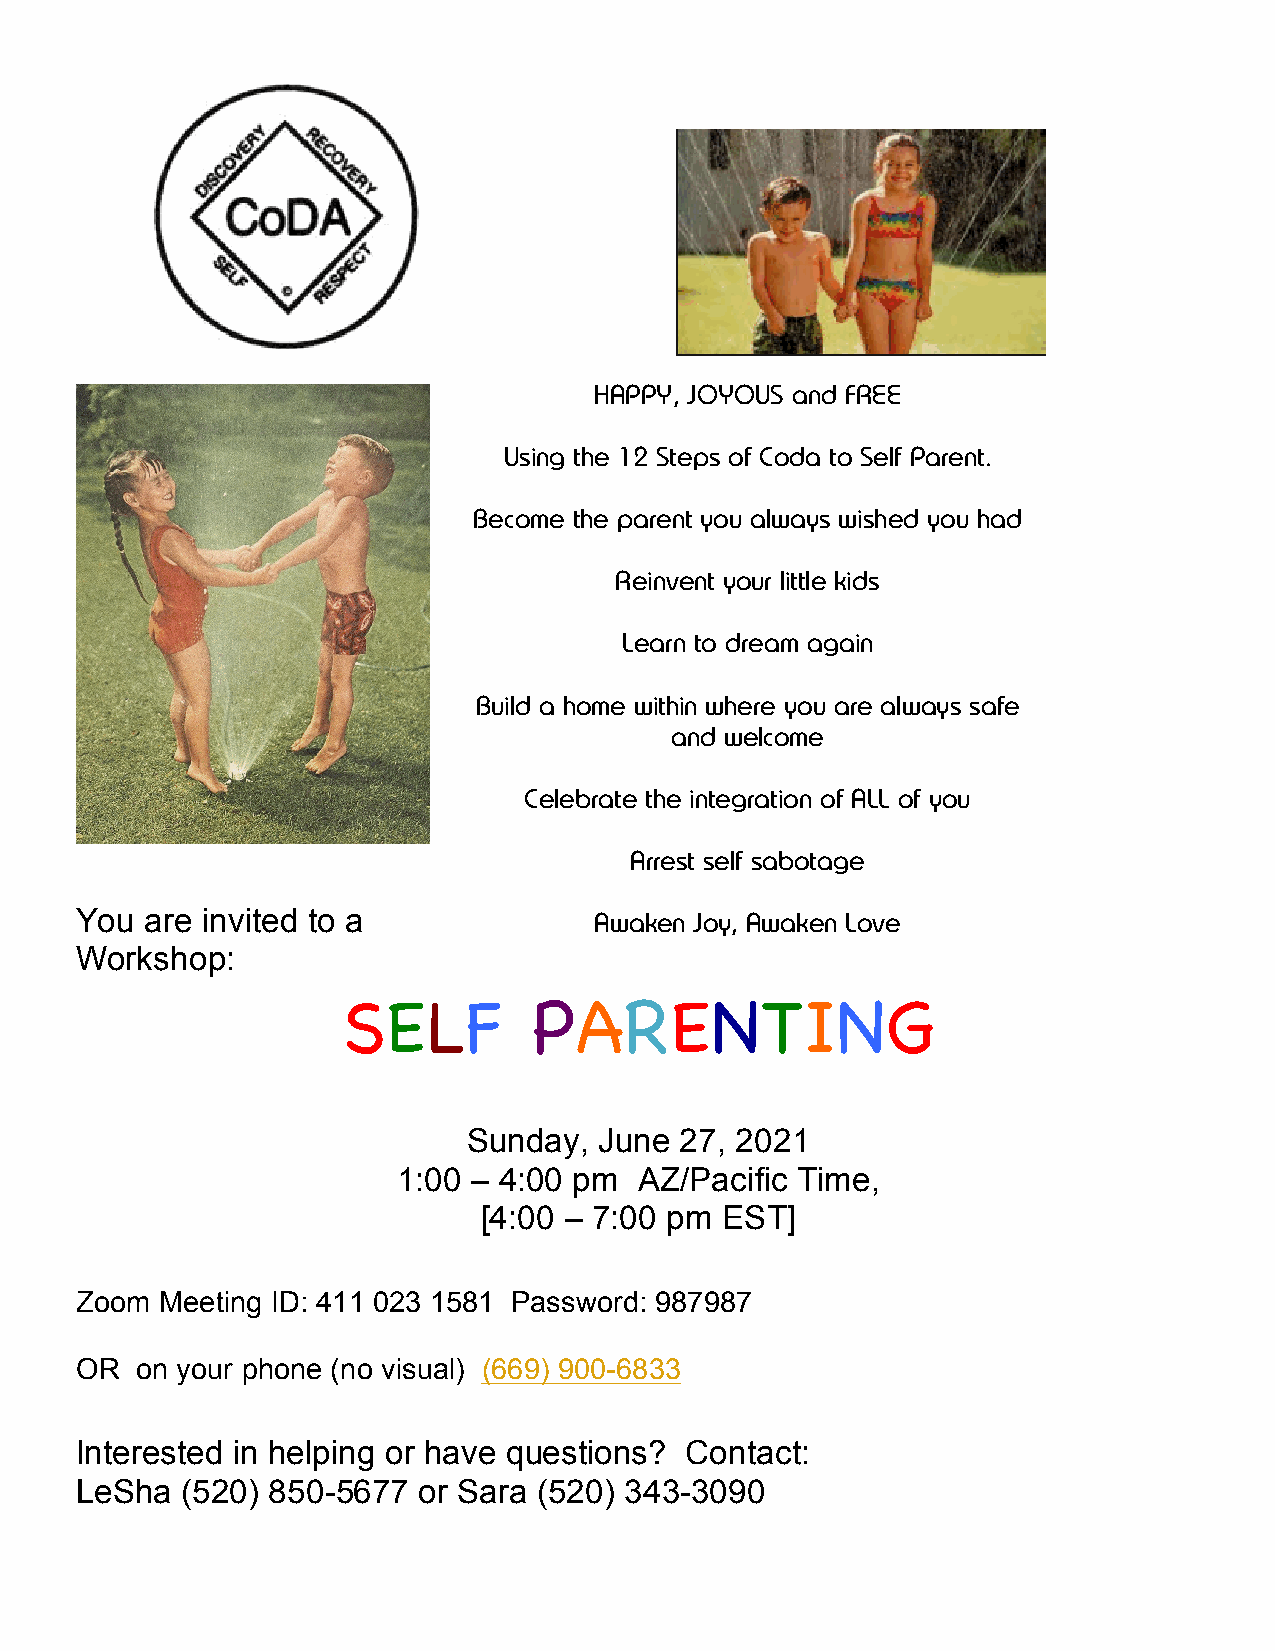
HAPPY, JOYOUS and FREE
 Using the 12 Steps of Coda to Self Parent.
 Become the parent you always wished you had
 Reinvent your little kids
 Learn to dream again
 Build a home within where you are always safe
 and welcome
 Celebrate the integration of ALL of you
 Arrest self sabotage
 You  are invited to a             Awaken Joy, Awaken Love
 Workshop:
 SELF        PARENTING
 Sunday,  June 27, 2021
 1:00 – 4:00 pm  AZ/Pacific Time,
 [4:00 – 7:00 pm EST]
 Zoom  Meeting ID: 411 023 1581 Password: 987987
 OR  on your phone (no visual) (669) 900-6833
 Interested in helping or have questions? Contact:
 LeSha  (520) 850-5677  or Sara (520) 343-3090